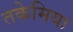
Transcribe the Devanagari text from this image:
तकेमिया